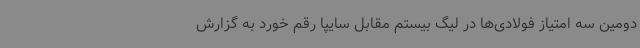
دومین سه امتیاز فولادی‌ها در لیگ بیستم مقابل سایپا رقم خورد به گزارش